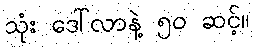
သုံး ဒေါ်လာနဲ့ ၅၀ ဆင့်။